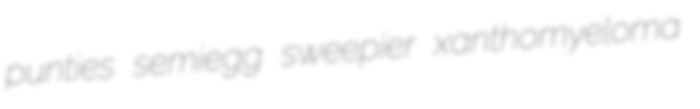
punties semiegg sweepier xanthomyeloma